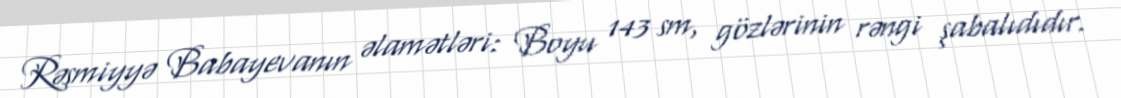
Rəsmiyyə Babayevanın əlamətləri: Boyu 143 sm, gözlərinin rəngi şabalıdıdır.